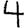
Digit: 4